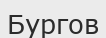
Бургов